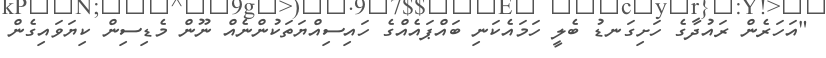
"އަހަރެން ރައުދާގެ ހަށިގަނޑު ބެލީ ހަމައެކަނި ބައްޕައެއްގެ ހައިސިއްޔަތަކުންނެއް ނޫން މެޑިސިން ކިޔަވައިގެން